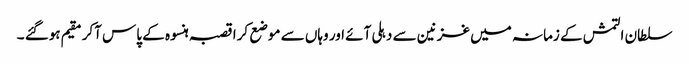
سلطان التمش کے زمانہ میں غزنین سے دہلی آئے اور وہاں سے موضع کرا قصبہ ہنسوہ کے پاس آکر مقیم ہوگئے ۔